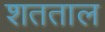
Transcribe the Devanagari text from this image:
शतताल